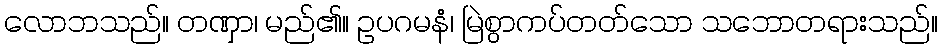
လောဘသည်။ တဏှာ၊ မည်၏။ ဥပဂမနံ၊ မြဲစွာကပ်တတ်သော သဘောတရားသည်။